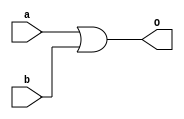
module OR(a,b,O);

	input a, b;
	output O; 
	assign O = a | b;

endmodule